Indian journal of veterinary science and animal husbandry - Volumes 18-21, 1948-1951
Year: 1948
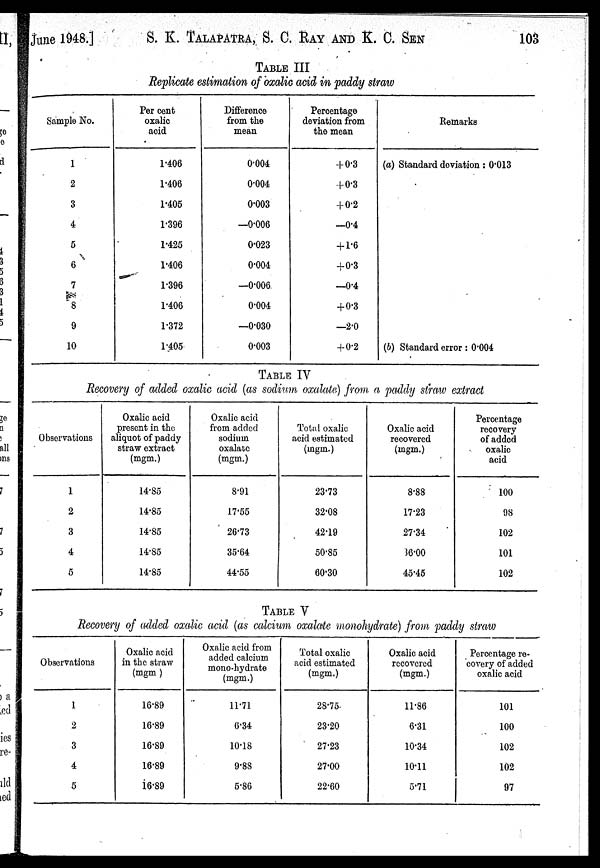
June 1948.]
S. K. TALAPATRA, S. C. RAY AND K. C. SEN 103
TABLE III
Replicate estimation of oxalic acid in paddy straw
Sample No.
1
2
3
4
5
6
7
8
9
10
Per cent
oxalic
acid
1.406
1.406
1.405
1.396
1.425
1.406
1.396
1.406
1.372
1.405
Difference
from the
mean
0.004
0.004
0.003
—0.006
0.023
0.004
—0.006
0.004
—0.030
0.003
Percentage
deviation from
the mean
+ 0.3
+ 0.3
+ 0.2
—0.4
+ 1.6
+0.3
—0.4
+ 0.3
—2.0
+ 0.2
Remarks
(a) Standard doviation : 0.013
(b) Standard error : 0.004
TABLE IV
Recovery of added oxalic acid (as sodium oxalate) from a paddy straw extract
Observations
1
2
3
4
5
Oxalic acid
present in the
aliquot of paddy
straw extract
(mgm.)
14.85
14.85
14.85
14.85
14.85
Oxalic acid
from added
sodium
oxalate
(mgm.)
8.91
17.55
26.73
35.64
44.55
Total oxalic
acid estimated
(mgm.)
23.73
32.08
42.19
50.85
60.30
Oxalic acid
recovered
(mgm.)
8.88
17.23
27.34
36.00
45.45
Percentage
recovery
of added
oxalic
acid
100
98
102
101
102
TABLE V
Recovery of added oxalic acid (as calcium oxalate monohydrate) from paddy straw
Observations
1
2
3
4
5
Oxalic acid
in the straw
(mgm)
16.89
16.89
16.89
16.89
16.89
Oxalic acid from
added calcium
mono-hydrate
(mgm.)
11.71
6.34
10.18
9.88
5.86
Total oxalic
acid estimated
(mgm.)
28.75
23.20
27.23
27.00
22.60
Oxalic acid
recovered
(mgm.)
11.86
6.31
10.34
10.11
5.71
Percentage re-
covery of added
oxalic acid
101
100
102
102
97